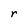
Character: r